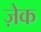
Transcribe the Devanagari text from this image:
ज़ेक